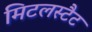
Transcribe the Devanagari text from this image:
मिटलस्टैट